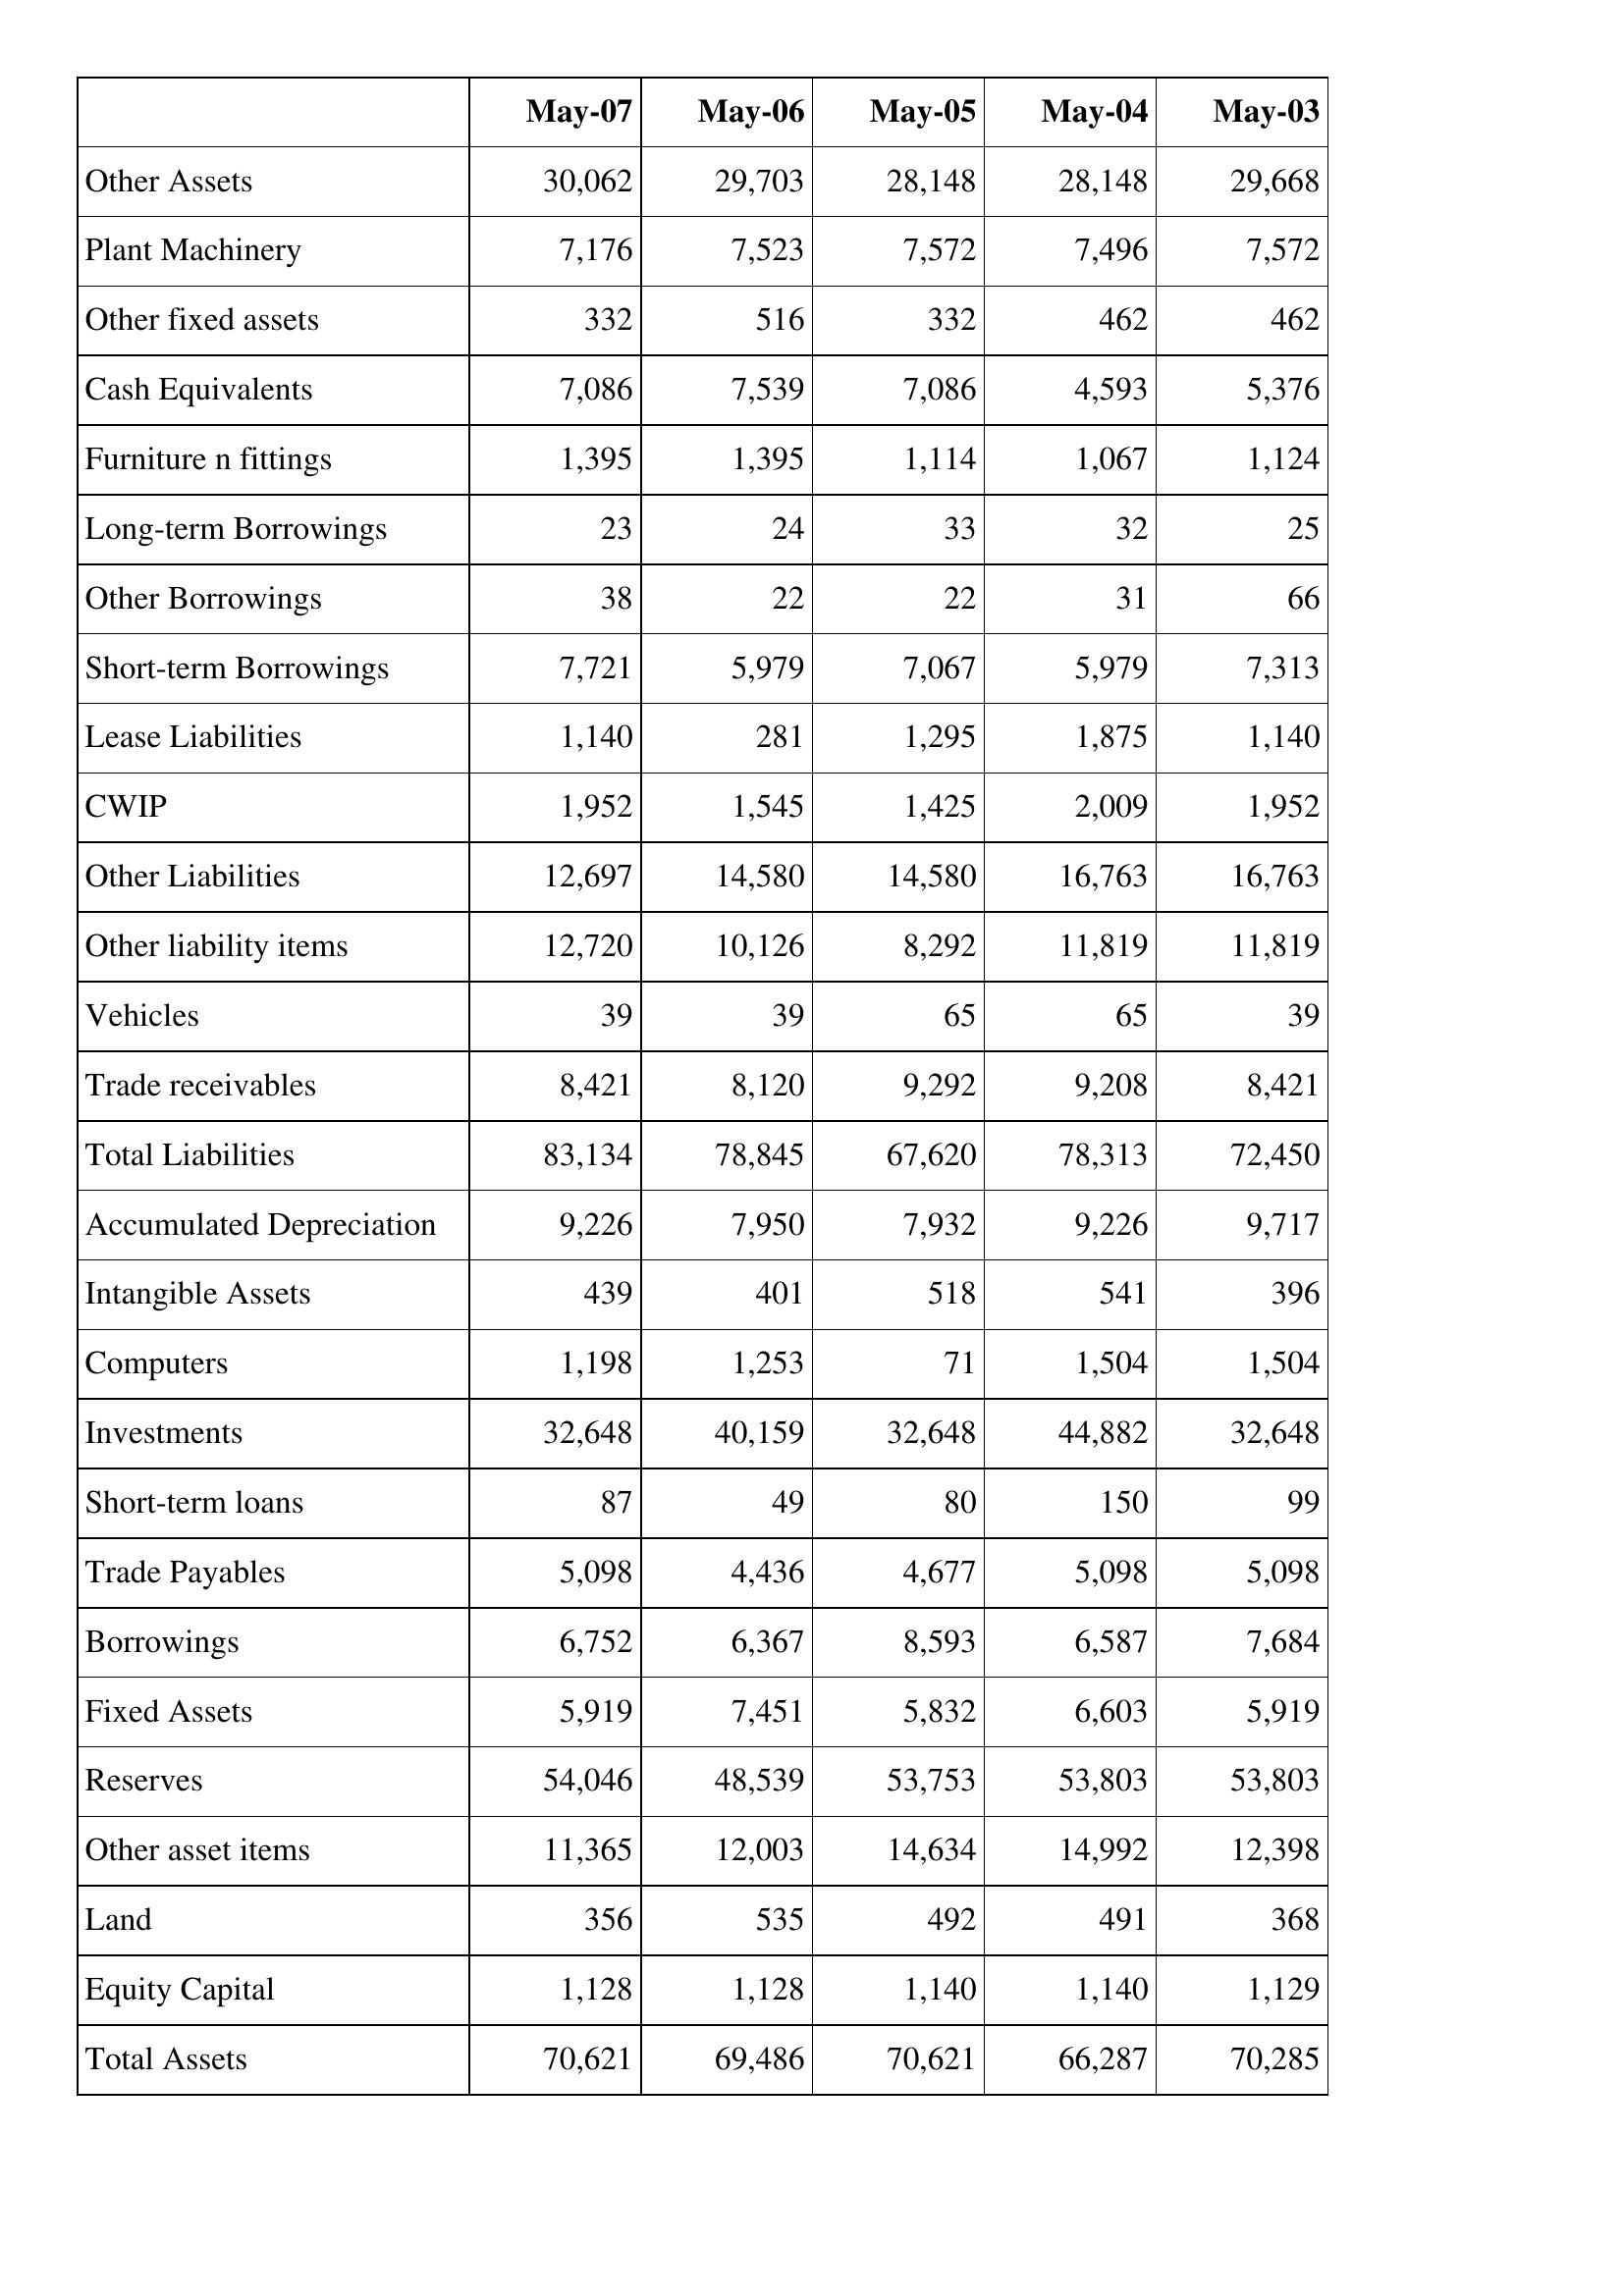
May-07: Balance Sheet: Other Assets: 30,062
Plant Machinery: 7,176
Other fixed assets: 332
Cash Equivalents: 7,086
Furniture n fittings: 1,395
Long-term Borrowings: 23
Other Borrowings: 38
Short-term Borrowings: 7,721
Lease Liabilities: 1,140
CWIP: 1,952
Other Liabilities: 12,697
Other liability items: 12,720
Vehicles: 39
Trade receivables: 8,421
Total Liabilities: 83,134
Accumulated Depreciation: 9,226
Intangible Assets: 439
Computers: 1,198
Investments: 32,648
Short-term loans: 87
Trade Payables: 5,098
Borrowings: 6,752
Fixed Assets: 5,919
Reserves: 54,046
Other asset items: 11,365
Land: 356
Equity Capital: 1,128
Total Assets: 70,621
May-06: Balance Sheet: Other Assets: 29,703
Plant Machinery: 7,523
Other fixed assets: 516
Cash Equivalents: 7,539
Furniture n fittings: 1,395
Long-term Borrowings: 24
Other Borrowings: 22
Short-term Borrowings: 5,979
Lease Liabilities: 281
CWIP: 1,545
Other Liabilities: 14,580
Other liability items: 10,126
Vehicles: 39
Trade receivables: 8,120
Total Liabilities: 78,845
Accumulated Depreciation: 7,950
Intangible Assets: 401
Computers: 1,253
Investments: 40,159
Short-term loans: 49
Trade Payables: 4,436
Borrowings: 6,367
Fixed Assets: 7,451
Reserves: 48,539
Other asset items: 12,003
Land: 535
Equity Capital: 1,128
Total Assets: 69,486
May-05: Balance Sheet: Other Assets: 28,148
Plant Machinery: 7,572
Other fixed assets: 332
Cash Equivalents: 7,086
Furniture n fittings: 1,114
Long-term Borrowings: 33
Other Borrowings: 22
Short-term Borrowings: 7,067
Lease Liabilities: 1,295
CWIP: 1,425
Other Liabilities: 14,580
Other liability items: 8,292
Vehicles: 65
Trade receivables: 9,292
Total Liabilities: 67,620
Accumulated Depreciation: 7,932
Intangible Assets: 518
Computers: 71
Investments: 32,648
Short-term loans: 80
Trade Payables: 4,677
Borrowings: 8,593
Fixed Assets: 5,832
Reserves: 53,753
Other asset items: 14,634
Land: 492
Equity Capital: 1,140
Total Assets: 70,621
May-04: Balance Sheet: Other Assets: 28,148
Plant Machinery: 7,496
Other fixed assets: 462
Cash Equivalents: 4,593
Furniture n fittings: 1,067
Long-term Borrowings: 32
Other Borrowings: 31
Short-term Borrowings: 5,979
Lease Liabilities: 1,875
CWIP: 2,009
Other Liabilities: 16,763
Other liability items: 11,819
Vehicles: 65
Trade receivables: 9,208
Total Liabilities: 78,313
Accumulated Depreciation: 9,226
Intangible Assets: 541
Computers: 1,504
Investments: 44,882
Short-term loans: 150
Trade Payables: 5,098
Borrowings: 6,587
Fixed Assets: 6,603
Reserves: 53,803
Other asset items: 14,992
Land: 491
Equity Capital: 1,140
Total Assets: 66,287
May-03: Balance Sheet: Other Assets: 29,668
Plant Machinery: 7,572
Other fixed assets: 462
Cash Equivalents: 5,376
Furniture n fittings: 1,124
Long-term Borrowings: 25
Other Borrowings: 66
Short-term Borrowings: 7,313
Lease Liabilities: 1,140
CWIP: 1,952
Other Liabilities: 16,763
Other liability items: 11,819
Vehicles: 39
Trade receivables: 8,421
Total Liabilities: 72,450
Accumulated Depreciation: 9,717
Intangible Assets: 396
Computers: 1,504
Investments: 32,648
Short-term loans: 99
Trade Payables: 5,098
Borrowings: 7,684
Fixed Assets: 5,919
Reserves: 53,803
Other asset items: 12,398
Land: 368
Equity Capital: 1,129
Total Assets: 70,285